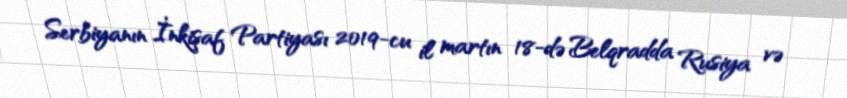
Serbiyanın İnkişaf Partiyası 2019-cu il martın 18-də Belqradda Rusiya və